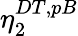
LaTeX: \eta_{2}^{DT,pB}